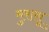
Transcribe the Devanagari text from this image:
मुरासू